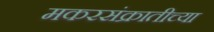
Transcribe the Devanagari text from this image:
मकरसंक्रातीच्या